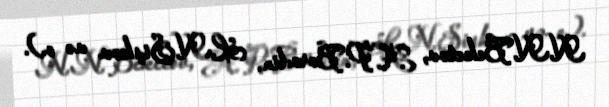
N.N.Beketov, A.P.Borodin, L.N.Şişkov və o.).